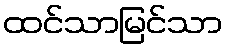
ထင်သာမြင်သာ